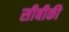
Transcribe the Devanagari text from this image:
सीबीकी